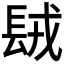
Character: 𨱿